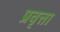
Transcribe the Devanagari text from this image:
प्रवृत्ता